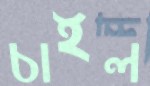
চাইল